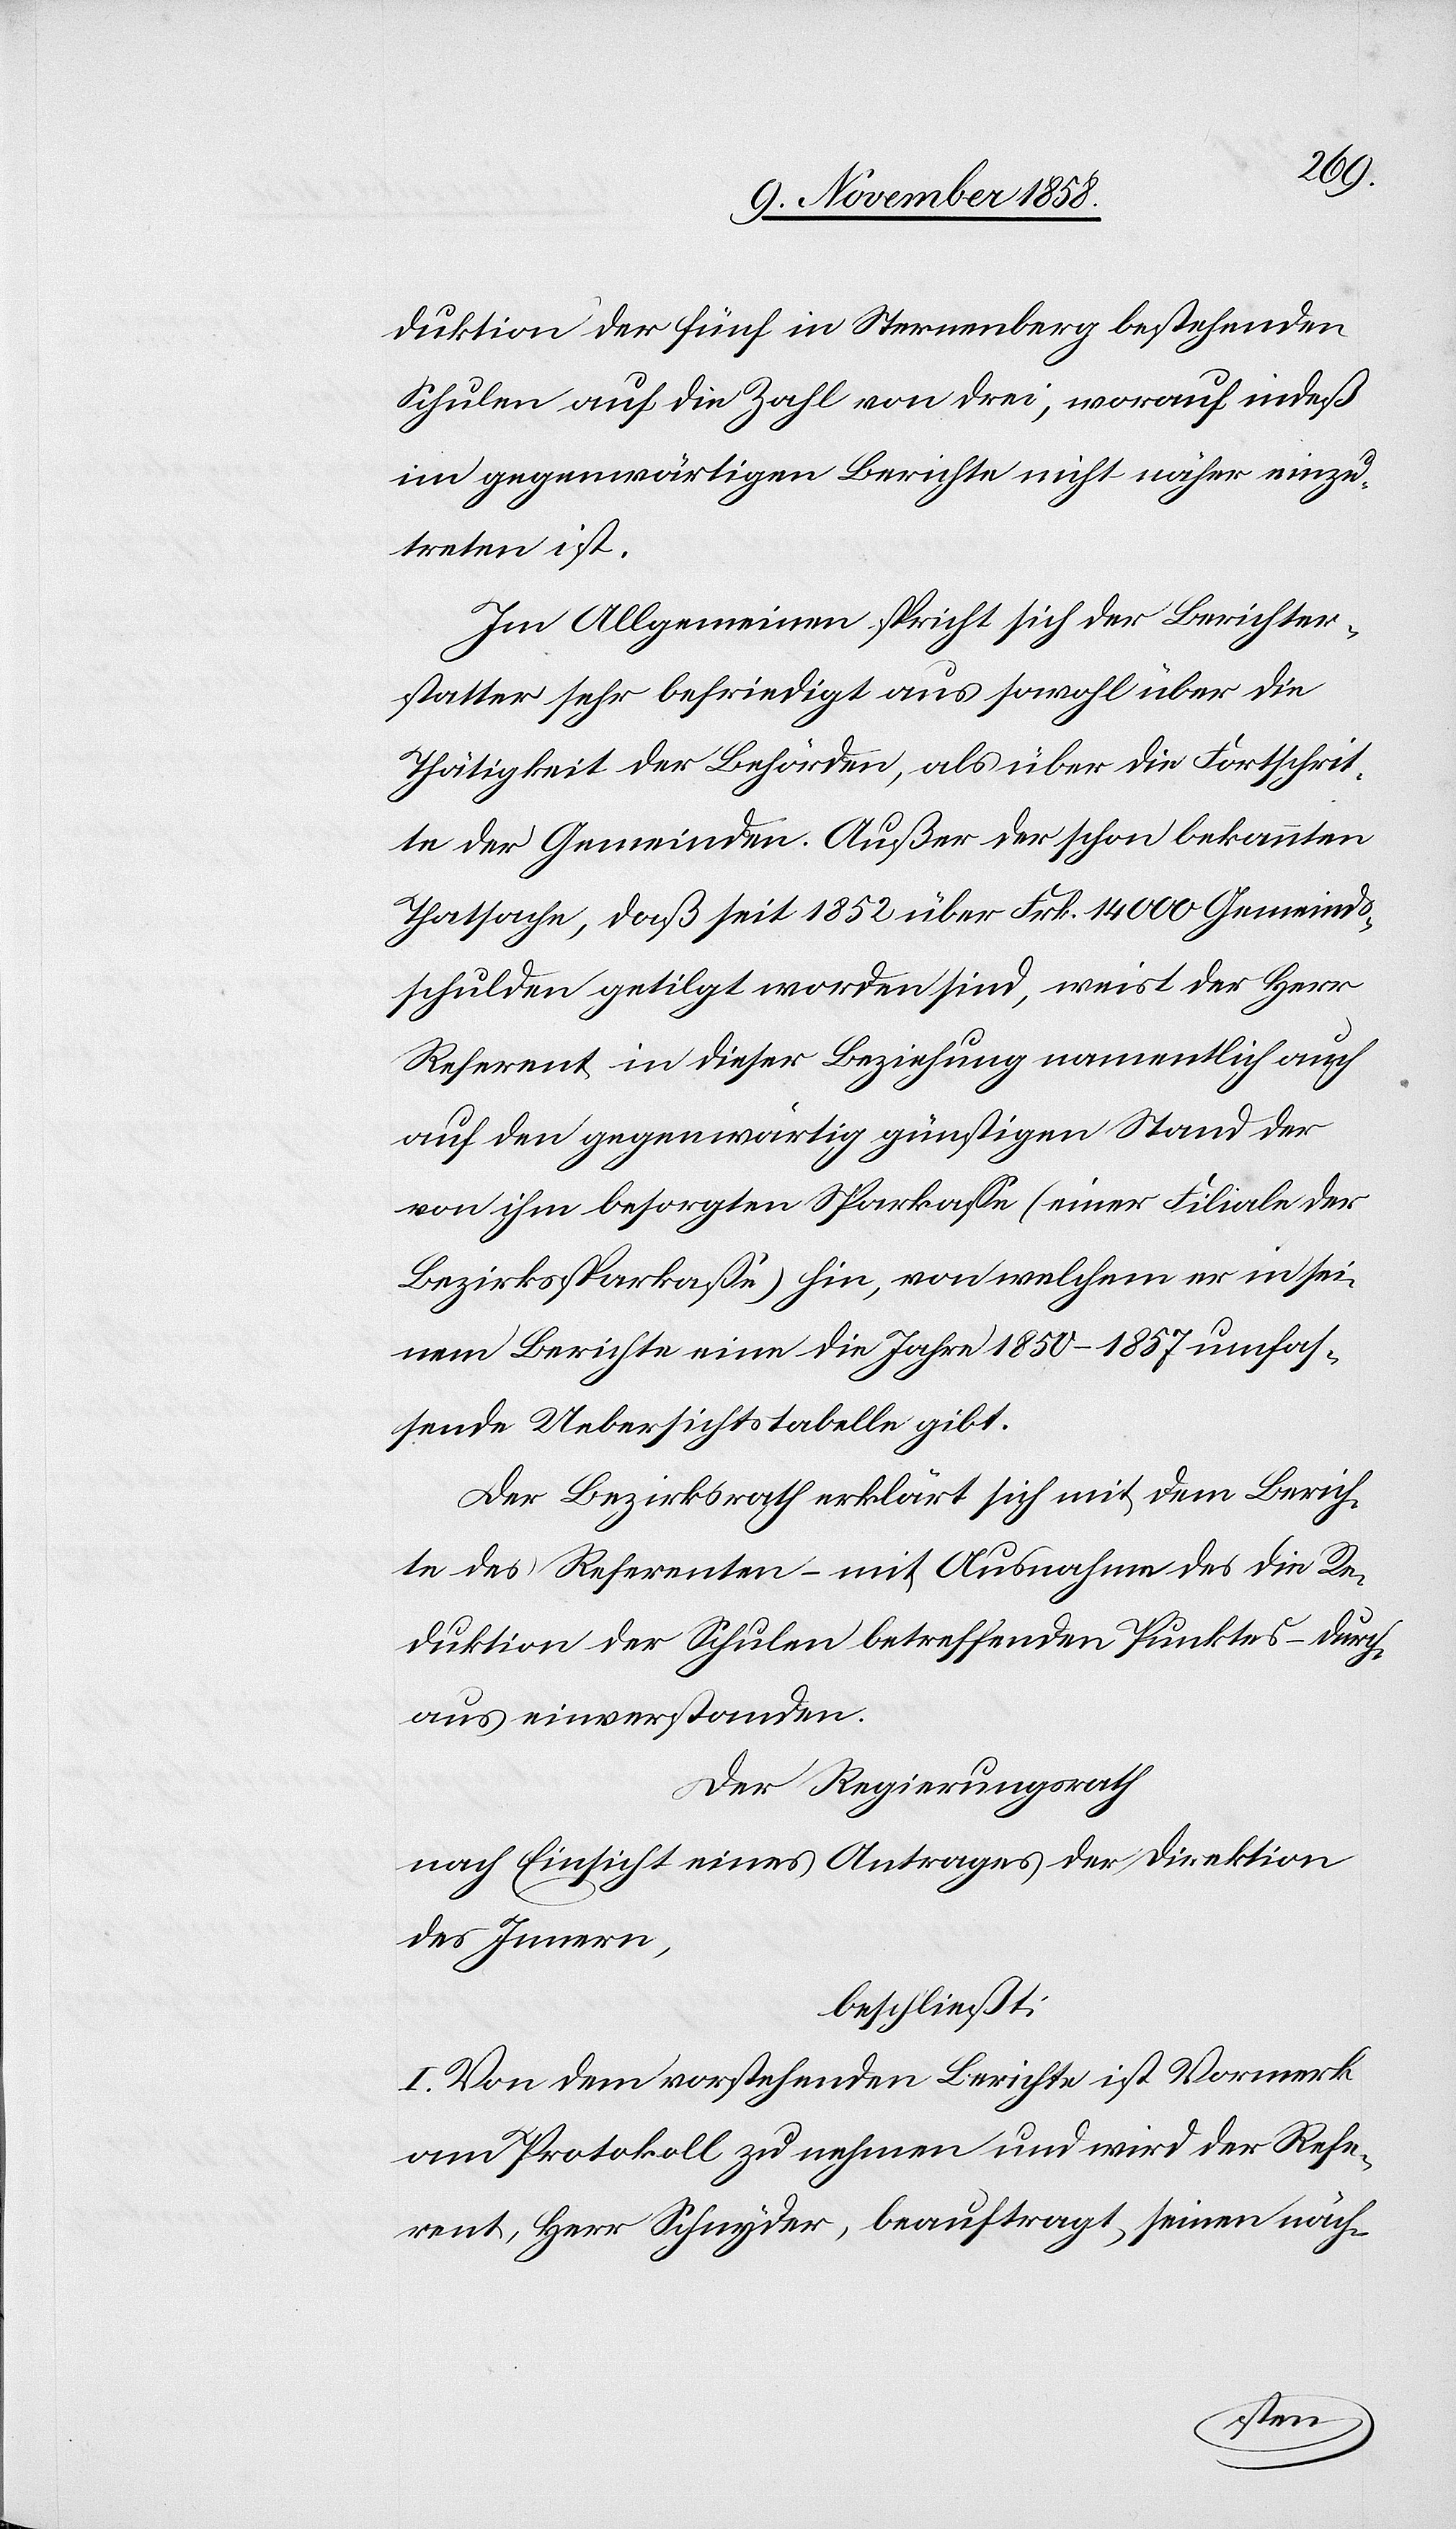
duktion der fünf in Sternenberg bestehenden
Schulen auf die Zahl von drei, worauf indeß
im gegenwärtigen Berichte nicht näher einzu¬
treten ist.
Im Allgemeinen spricht sich der Berichter¬
statter sehr befriedigt aus sowohl über die
Thätigkeit der Behörden, als über die Fortschrit¬
te der Gemeinden. Außer der schon bekannten
Thatsache, daß seit 1852 über Frk. 14 000 Gemeinds¬
schulden getilgt worden sind, weist der Herr
Referent in dieser Beziehung namentlich auch
auf den gegenwärtig günstigen Stand der
von ihm besorgten Sparkasse (einer Filiale der
Bezirkssparkasse) hin, von welchem er in sei¬
nem Berichte eine die Jahre 1850–1857 umfas¬
sende Uebersichtstabelle gibt.
Der Bezirksrath erklärt sich mit dem Berich¬
te des Referenten – mit Ausnahme des die Re¬
duktion der Schulen betreffenden Punktes – durch¬
aus einverstanden.
Der Regierungsrath
nach Einsicht eines Antrages der Direktion
des Innern,
beschließt:
I. Von dem vorstehenden Berichte ist Vormerk
am Protokoll zu nehmen und wird der Refe¬
rent, Herr Schnyder, beauftragt, seinen näch-